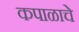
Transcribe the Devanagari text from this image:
कपाळाचे